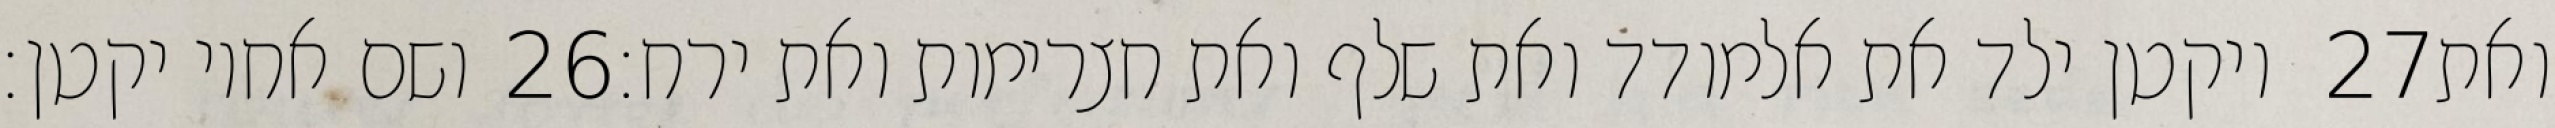
ושם אחיו יקטן׃ ‎26‏ ויקטן ילד את אלמודד ואת שלף ואת חצרימות ואת ירח׃ ‎27‏ ואת